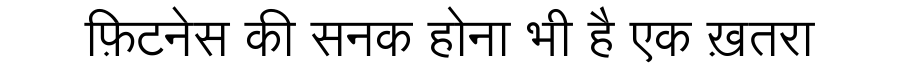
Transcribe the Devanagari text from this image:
फ़िटनेस की सनक होना भी है एक ख़तरा